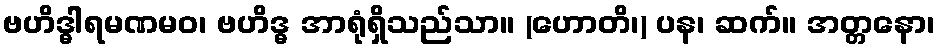
ဗဟိဒ္ဓါရမဏမဝ၊ ဗဟိဒ္ဓ အာရုံရှိသည်သာ။ (ဟောတိ၊) ပန၊ ဆက်။ အတ္တနော၊